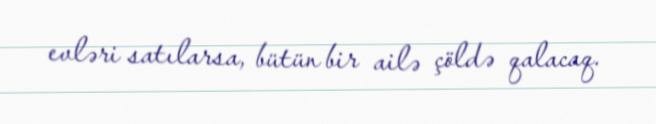
evləri satılarsa, bütün bir ailə çöldə qalacaq.